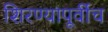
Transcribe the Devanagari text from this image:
शिरण्यापूर्वीच